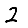
Digit: 2